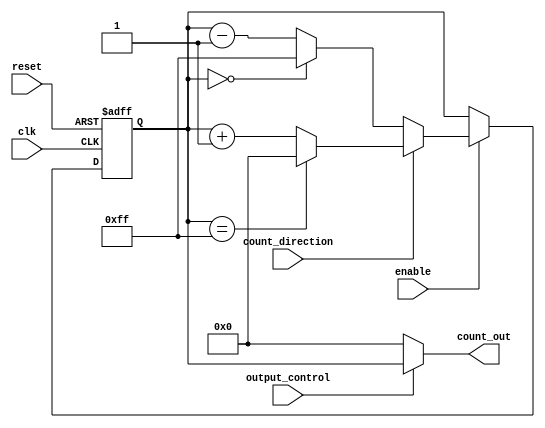
module synchronous_counter #(
    parameter COUNTER_WIDTH = 8,        // Width of the counter
    parameter INITIAL_VALUE = 8'b00000000, // Initial value of the counter
    parameter MAX_COUNT = (1 << COUNTER_WIDTH) - 1 // Maximum count value
)(
    input wire clk,                      // Clock input
    input wire reset,                    // Asynchronous reset
    input wire enable,                   // Enable counting
    input wire count_direction,          // Count direction (1: up, 0: down)
    input wire output_control,           // Output control
    output reg [COUNTER_WIDTH-1:0] count_out // Counter output
);

    // Internal counter register
    reg [COUNTER_WIDTH-1:0] counter;

    // Asynchronous reset logic
    always @(posedge clk or posedge reset) begin
        if (reset) begin
            counter <= INITIAL_VALUE; // Set to initial value on reset
        end else if (enable) begin
            if (count_direction) begin
                // Count up
                if (counter == MAX_COUNT) begin
                    counter <= 0; // Wrap around
                end else begin
                    counter <= counter + 1;
                end
            end else begin
                // Count down
                if (counter == 0) begin
                    counter <= MAX_COUNT; // Wrap around
                end else begin
                    counter <= counter - 1;
                end
            end
        end
    end

    // Output control logic
    always @(*) begin
        if (output_control) begin
            count_out = counter; // Output current counter value
        end else begin
            count_out = INITIAL_VALUE; // Output held state (e.g., initial value)
        end
    end

endmodule